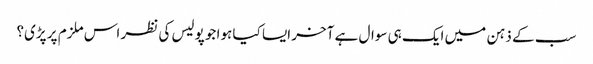
سب کے ذہن میں ایک ہی سوال ہے آخر ایسا کیا ہوا جو پولیس کی نظر اس ملزم پر پڑی؟